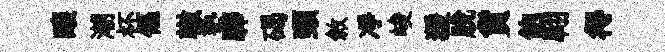
釀潮杯傴轍塾驊碣頸敘凈峻猨脱貨飽翺得